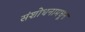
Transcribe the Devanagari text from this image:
संशोधनामधून